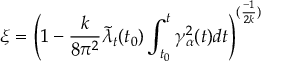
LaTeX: \xi = \left( 1 - \frac { k } { 8 \pi ^ { 2 } } { \tilde { \lambda } } _ { t } ( t _ { 0 } ) \int _ { t _ { 0 } } ^ { t } \gamma _ { \alpha } ^ { 2 } ( t ) d t \right) ^ { ( \frac { - 1 } { 2 k } ) }